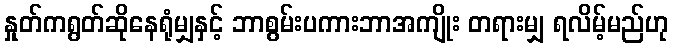
နှုတ်ကရွတ်ဆိုနေရုံမျှနှင့် ဘာစွမ်းပကားဘာအကျိုး တရားမျှ ရလိမ့်မည်ဟု